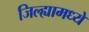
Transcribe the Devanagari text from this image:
जिल्‍ह्यामध्ये